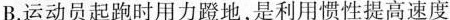
B.运动员起跑时用力蹬地，是利用惯性提高速度